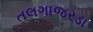
તલગાજરડા